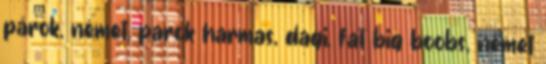
párok, német, parok harmas, dagi, fat big boobs, német